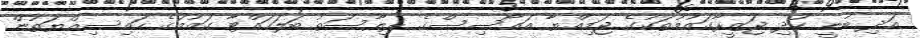
އަދި ބުނީ ކުދި ޖަޒީރާގައުމުތަކުގެ ޖަމިއްޔާ އައޯސިސްގެ ރިޔާސަތު ބަލަހައްޓާ ގައުމުގެ ހައިސިއްޔަތުން